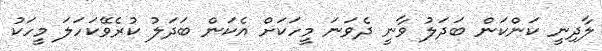
ލާދިނީ ކަންކަން ބަދަލު ވާނީ ދެވަނަ މީހަކަށް އެކަން ބަދަލު ކުރެވޭކަހަލަ މީހަކު